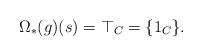
LaTeX: \begin{align*}\Omega_\ast(g)(s) = \top_C = \{1_C\}.\end{align*}